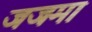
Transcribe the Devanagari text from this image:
जजमा